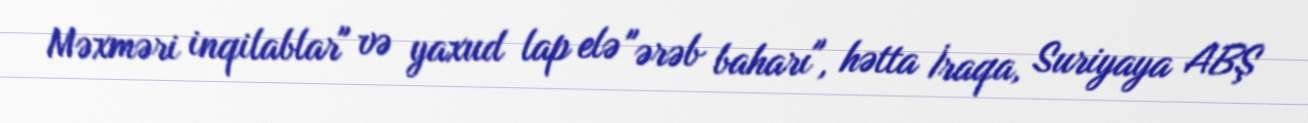
Məxməri inqilablar" və yaxud lap elə "ərəb baharı", hətta İraqa, Suriyaya ABŞ